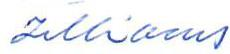
Zilliacus